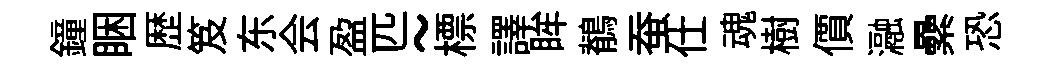
鐘睏歴笈东会盈匹~標譯眸鶺蚕仕魂樹價瀜纍恐